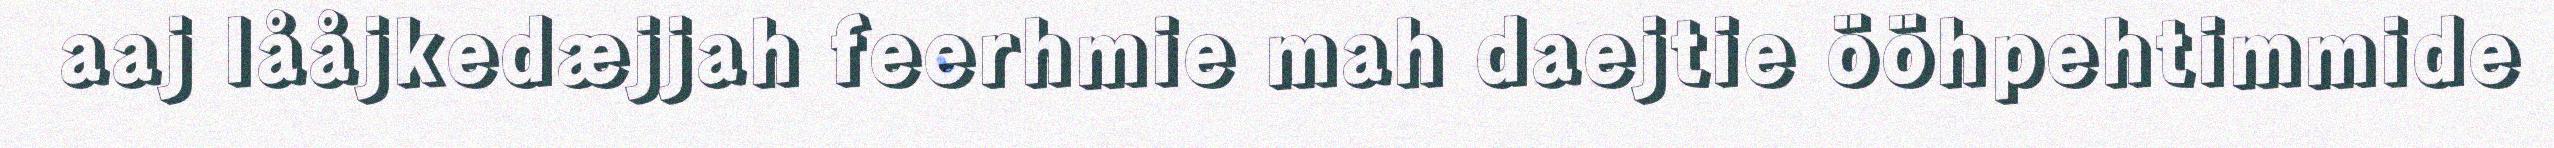
aaj lååjkedæjjah feerhmie mah daejtie ööhpehtimmide